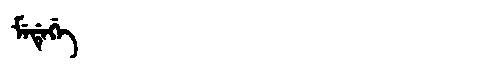
Manchu: ᠮᡝᡩᡝᡤᡝ
Romanization: MEDEGE